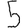
Digit: 5